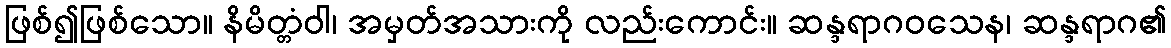
ဖြစ်၍ဖြစ်သော။ နိမိတ္တံဝါ၊ အမှတ်အသားကို လည်းကောင်း။ ဆန္ဒရာဂဝသေန၊ ဆန္ဒရာဂ၏